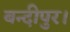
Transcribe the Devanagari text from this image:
बन्दीपुर।